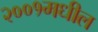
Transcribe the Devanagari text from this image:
२००१मधील